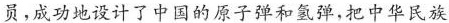
员，成功地设计了中国的原子弹和氢弹，把中华民族